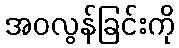
အဝလွန်ခြင်းကို